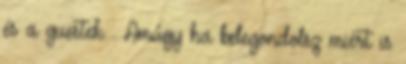
és a guestek . Amúgy ha belegondolsz miért is